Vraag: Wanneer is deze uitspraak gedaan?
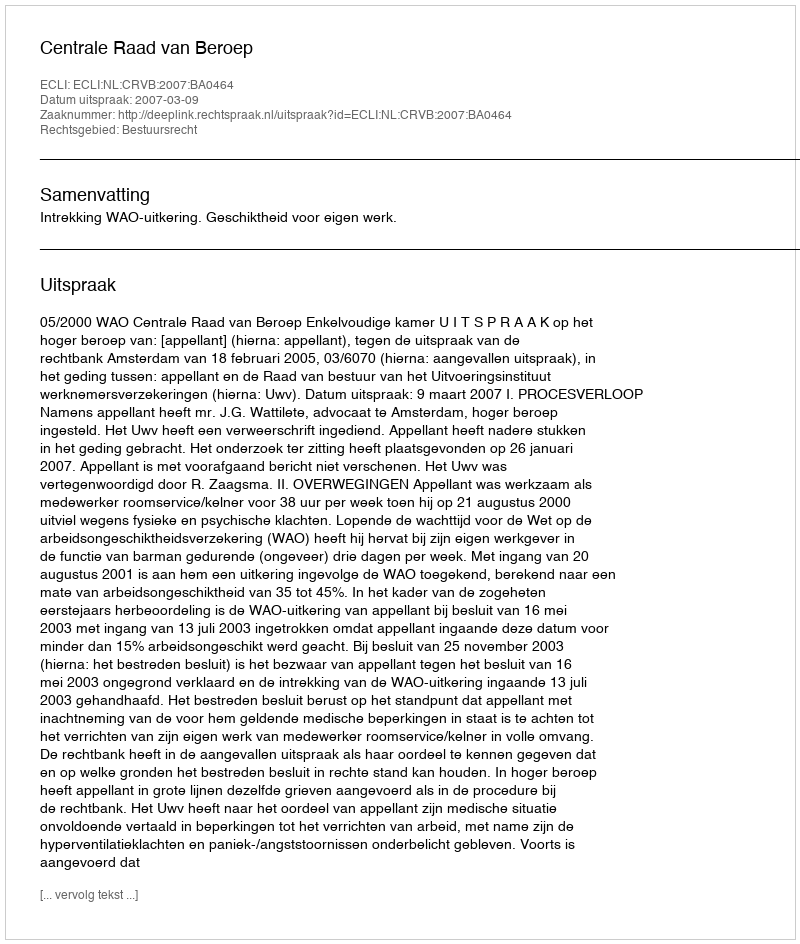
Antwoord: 2007-03-09